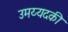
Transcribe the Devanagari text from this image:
उमय्यदकी